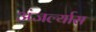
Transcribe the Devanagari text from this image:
अंजर्ल्यास